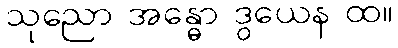
သုညော အန္ဓော ဒွယေန ထ။